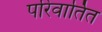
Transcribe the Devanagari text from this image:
परिवार्तित